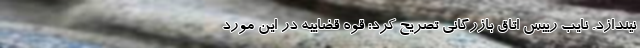
نیندازد. نایب رییس اتاق بازرگانی تصریح کرد:‌ قوه قضاییه در این مورد